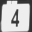
Digit: 4